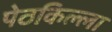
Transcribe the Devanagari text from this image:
पेठकिल्ला